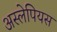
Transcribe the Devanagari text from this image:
अस्लेपियस